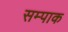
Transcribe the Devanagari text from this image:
सम्पाक